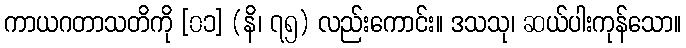
ကာယဂတာသတိကို [၀၁] (နိ၊ ၇၅) လည်းကောင်း။ ဒသသု၊ ဆယ်ပါးကုန်သော။